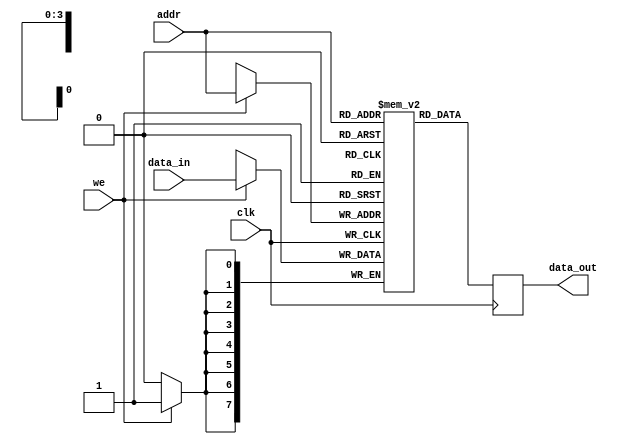
module Parameterized_RAM #(
    parameter DATA_WIDTH = 8,     // Width of the data
    parameter ADDR_WIDTH = 4       // Address width to define depth
) (
    input wire clk,                // Clock signal
    input wire we,                 // Write enable signal
    input wire [ADDR_WIDTH-1:0] addr,       // Address input
    input wire [DATA_WIDTH-1:0] data_in,    // Input data bus
    output reg [DATA_WIDTH-1:0] data_out     // Output data bus
);

    // Memory array declaration
    reg [DATA_WIDTH-1:0] ram [0:(2**ADDR_WIDTH)-1];

    // Synchronous Write and Read Operation
    always @(posedge clk) begin
        if (we) begin
            // Write data to memory
            ram[addr] <= data_in;
        end
        // Read data from memory
        data_out <= ram[addr];
    end

    // Optional: Asynchronous reset logic (uncomment if needed)
    /*
    input wire rst_n; // Active low reset
    always @(posedge clk or negedge rst_n) begin
        if (!rst_n) begin
            integer i;
            for (i = 0; i < (2**ADDR_WIDTH); i = i + 1) begin
                ram[i] <= {DATA_WIDTH{1'b0}}; // Initialize to zero
            end
        end else if (we) begin
            ram[addr] <= data_in; // Write data
        end
        data_out <= ram[addr]; // Read data
    end
    */

endmodule